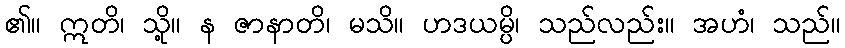
၏။ ဣတိ၊ သို့။ န ဇာနာတိ၊ မသိ။ ဟဒယမ္ပိ၊ သည်လည်း။ အဟံ၊ သည်။